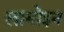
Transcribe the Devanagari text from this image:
लामोइन